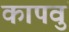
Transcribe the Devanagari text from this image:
कापवुं